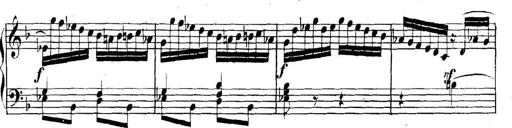
Title: Collected Piano Sonatas
Composer: Muzio Clementi